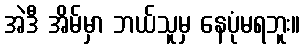
အဲဒီ အိမ်မှာ ဘယ်သူမှ နေပုံမရဘူး။